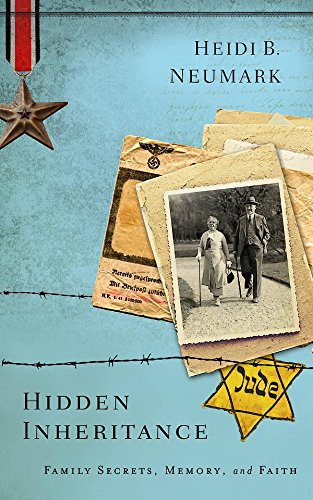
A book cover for Hidden Inheritance: Family Secrets, Memory, and Faith; Heidi B. Neumark; History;